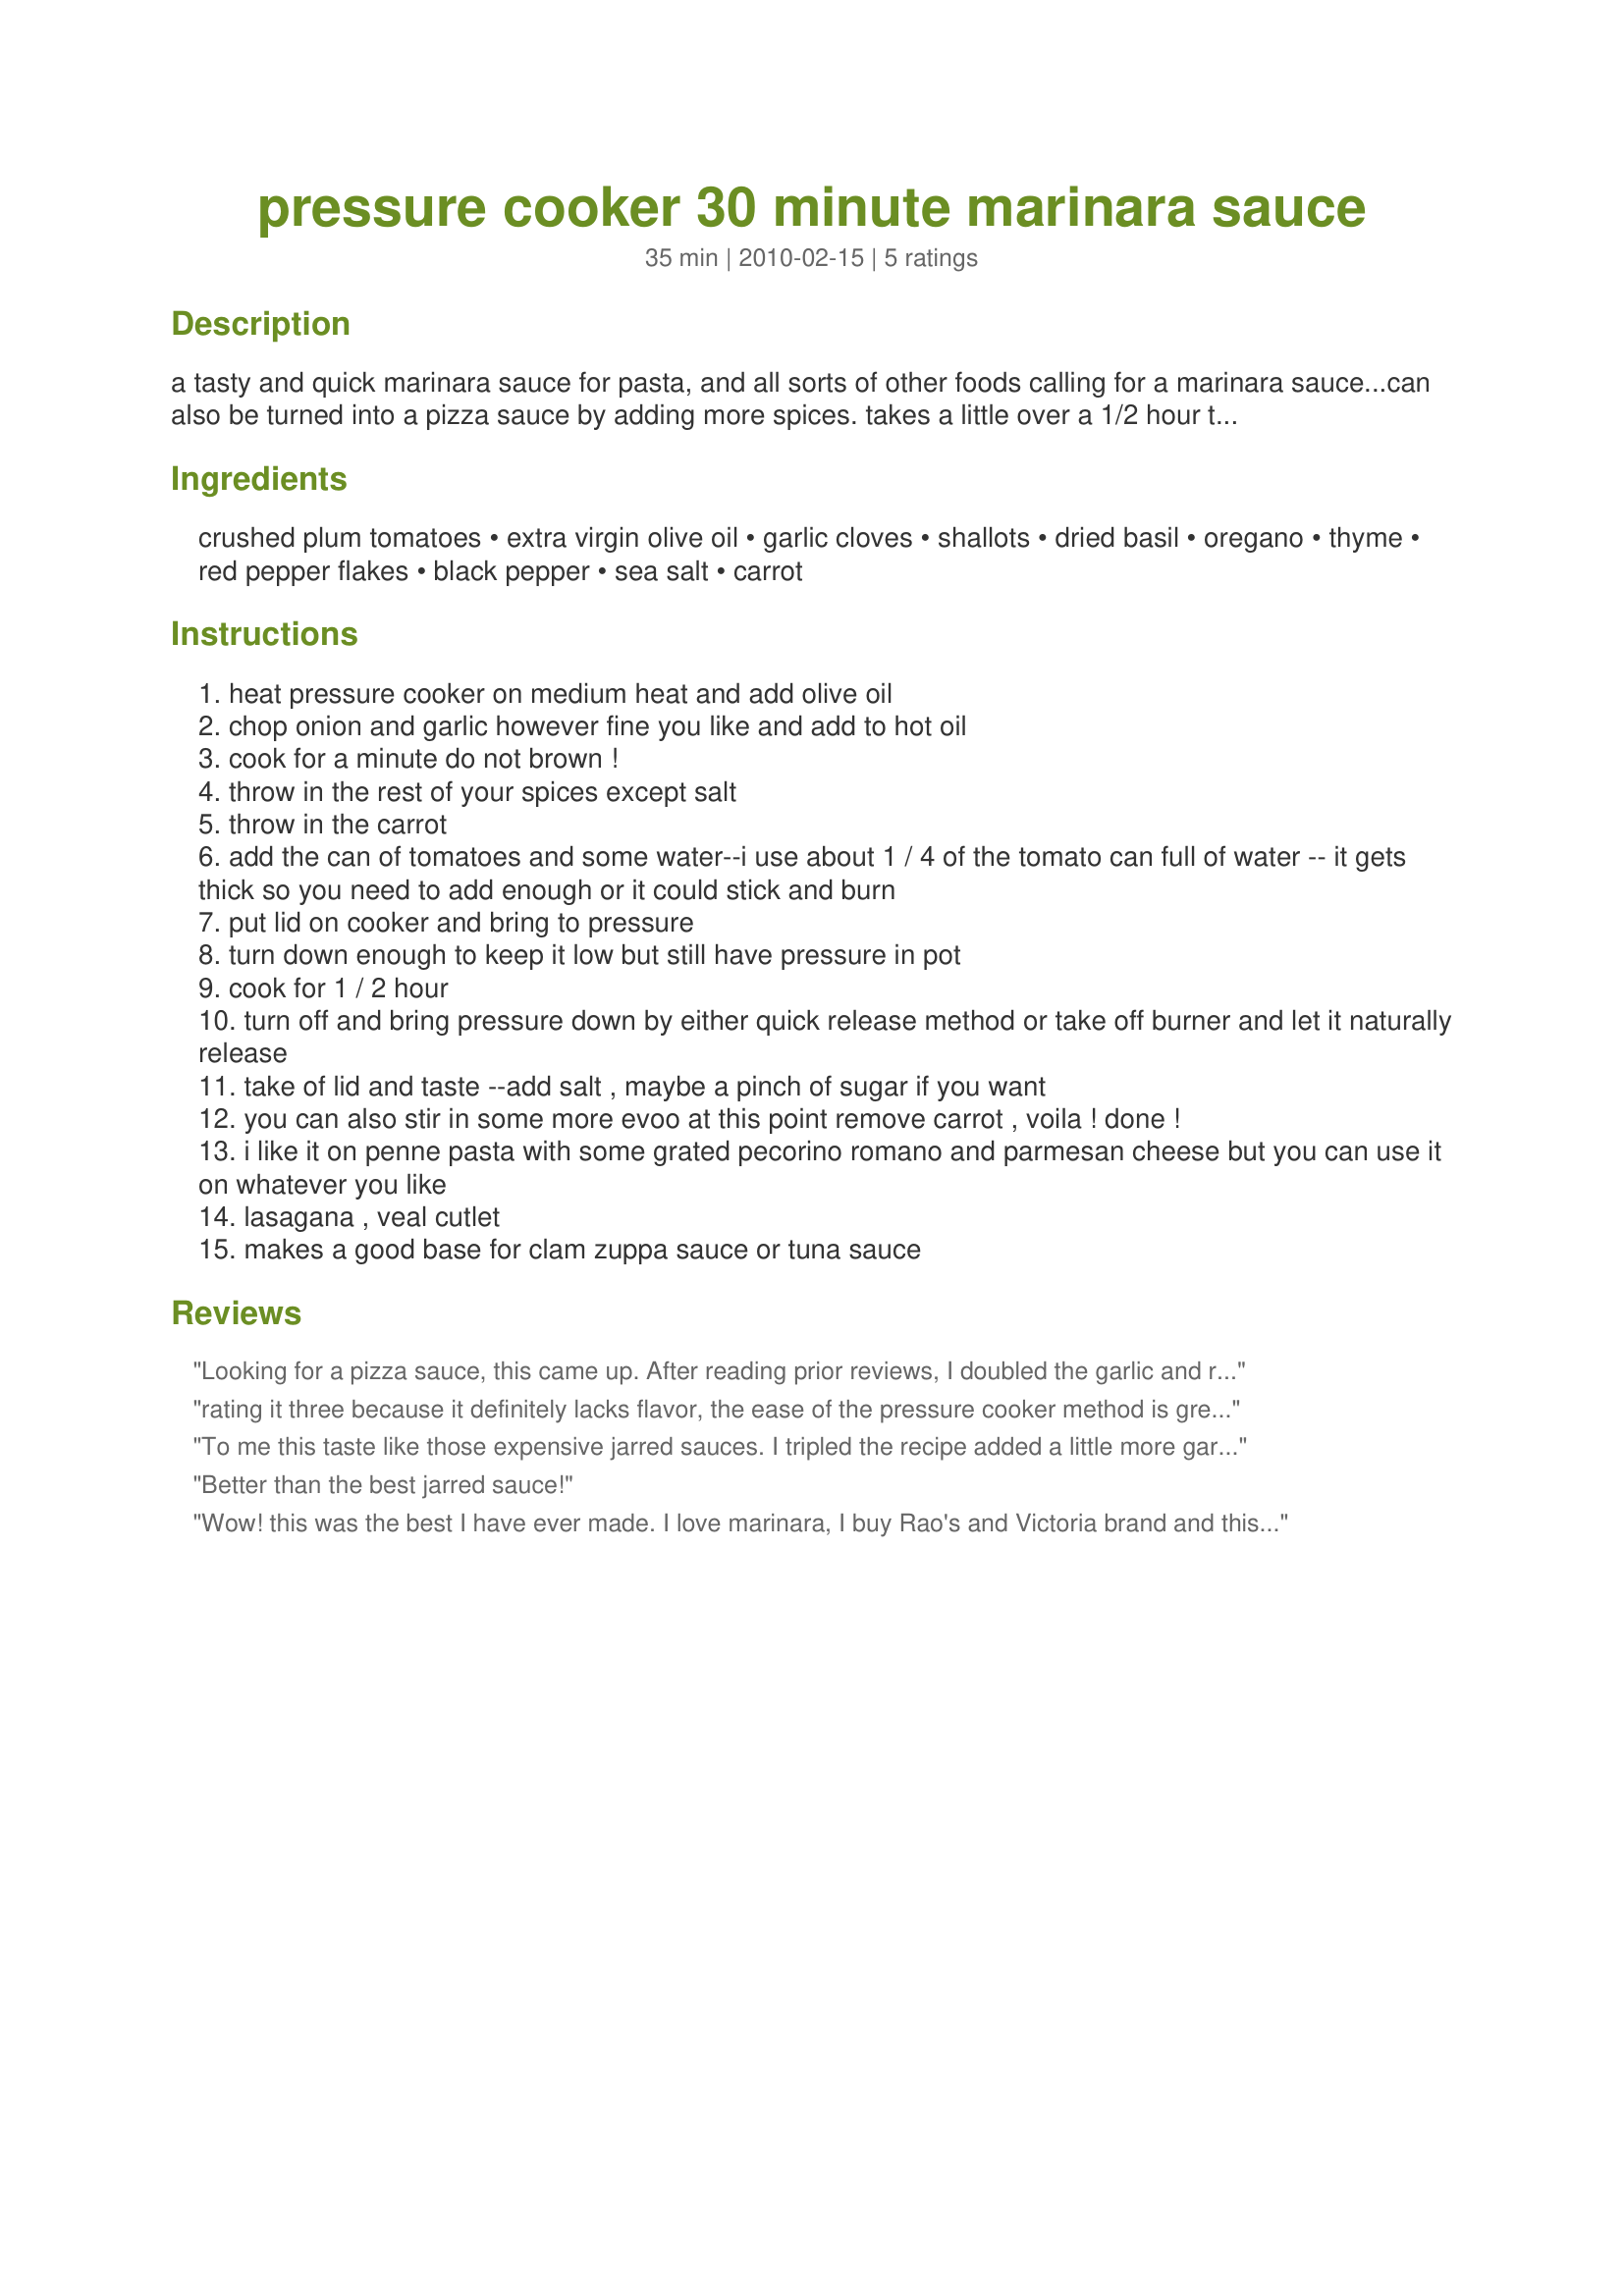
pressure cooker 30 minute marinara sauce
Preparation time: 35 minutes

a tasty and quick marinara sauce for pasta, and all sorts of other foods calling for a marinara sauce...can also be turned into a pizza sauce by adding more spices. takes a little over a 1/2 hour to make.

Ingredients:
crushed plum tomatoes, extra virgin olive oil, garlic cloves, shallots, dried basil, oregano, thyme, red pepper flakes, black pepper, sea salt, carrot

Steps:
heat pressure cooker on medium heat and add olive oil
chop onion and garlic however fine you like and add to hot oil
cook for a minute do not brown !
throw in the rest of your spices except salt
throw in the carrot
add the can of tomatoes and some water--i use about 1 / 4 of the tomato can full of water -- it gets thick so you need to add enough or it could stick and burn
put lid on cooker and bring to pressure
turn down enough to keep it low but still have pressure in pot
cook for 1 / 2 hour
turn off and bring pressure down by either quick release method or take off burner and let it naturally release
take of lid and taste --add salt , maybe a pinch of sugar if you want
you can also stir in some more evoo at this point remove carrot , voila ! done !
i like it on penne pasta with some grated pecorino romano and parmesan cheese but you can use it on whatever you like
lasagana , veal cutlet
makes a good base for clam zuppa sauce or tuna sauce

Reviews:
Looking for a pizza sauce, this came up. After reading prior reviews, I doubled the garlic and red pepper flakes, added some Mrs Dash Garlic &amp; Herbs and Mrs Dash Extra Spicy, and tossed in about 2 Tbsp. dehydrated onion flakes to try to thicken the sauce and a parmesan cheese rind. I also added a bay leaf. This still resulted in a rather bland sauce, and it was too thin for my purpose. I disagree that this becomes a pizza sauce merely by adding more spices; the water in Step 6 should be omitted. I ended up adding 2 tsp. sugar and reducing the sauce for 20 minutes to arrive at a thick pizza sauce, and yielded 2 1/2 cups sauce. I will work on a p.c. sauce more to my liking as I like how the p.c. keeps the flavor in.
rating it three because it definitely
lacks flavor, the ease of the pressure cooker method is great.
I have an electric one. if you make this, please taste the acidity before you pressurize. I added basil, grated cheese and sugar, bay leaf. I finished at end with fresh oregano to brighten flavor, I will use method again but with my adds on the base.
To me this taste like those expensive jarred sauces. I tripled the recipe added a little more garlic and balanced out the acid with pinch sugar....I was really surprised. You have to keep the pressure cooker on low so it doesn&#039;t burn. You can basically tell when it is done when the strong smell of garlic goes away which was about 25 minutes into cooking. I used the fast release method and then let is simmer about 10 more minutes till thickness I like. This is a money saver as I eat marinara sauce all the time.
Better than the best jarred sauce!
Wow! this was the best I have ever made. I love marinara, I buy Rao's and Victoria brand and this reminded me of the Rao's except it was a lot cheaper. I read the other review that said it wasn't spicy enough but I thought it was perfect, if you like it spicier than just add more, obviously the person who rated it 3 stars did not understand that each person has different tastes as far as spice goes. I added about 1/2 teaspoon sugar and I also added a little more water near the end since it was very thick. Instead of the MSG I used some Sea salt and a piece of Kombu seaweed which has natural MSG. My kids loved this and I will be making this from now on as our family sauce! I threw in some meatballs the 2nd time I made it and it was incredible! A great time and money saving recipe, thank you!
